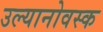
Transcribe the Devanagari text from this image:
उल्यानोवस्क